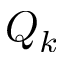
Q _ { k }